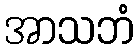
အာသဘံ